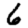
Digit: 6